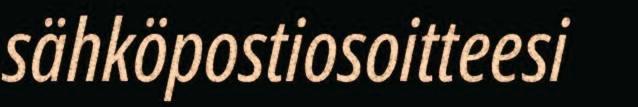
sähköpostiosoitteesi